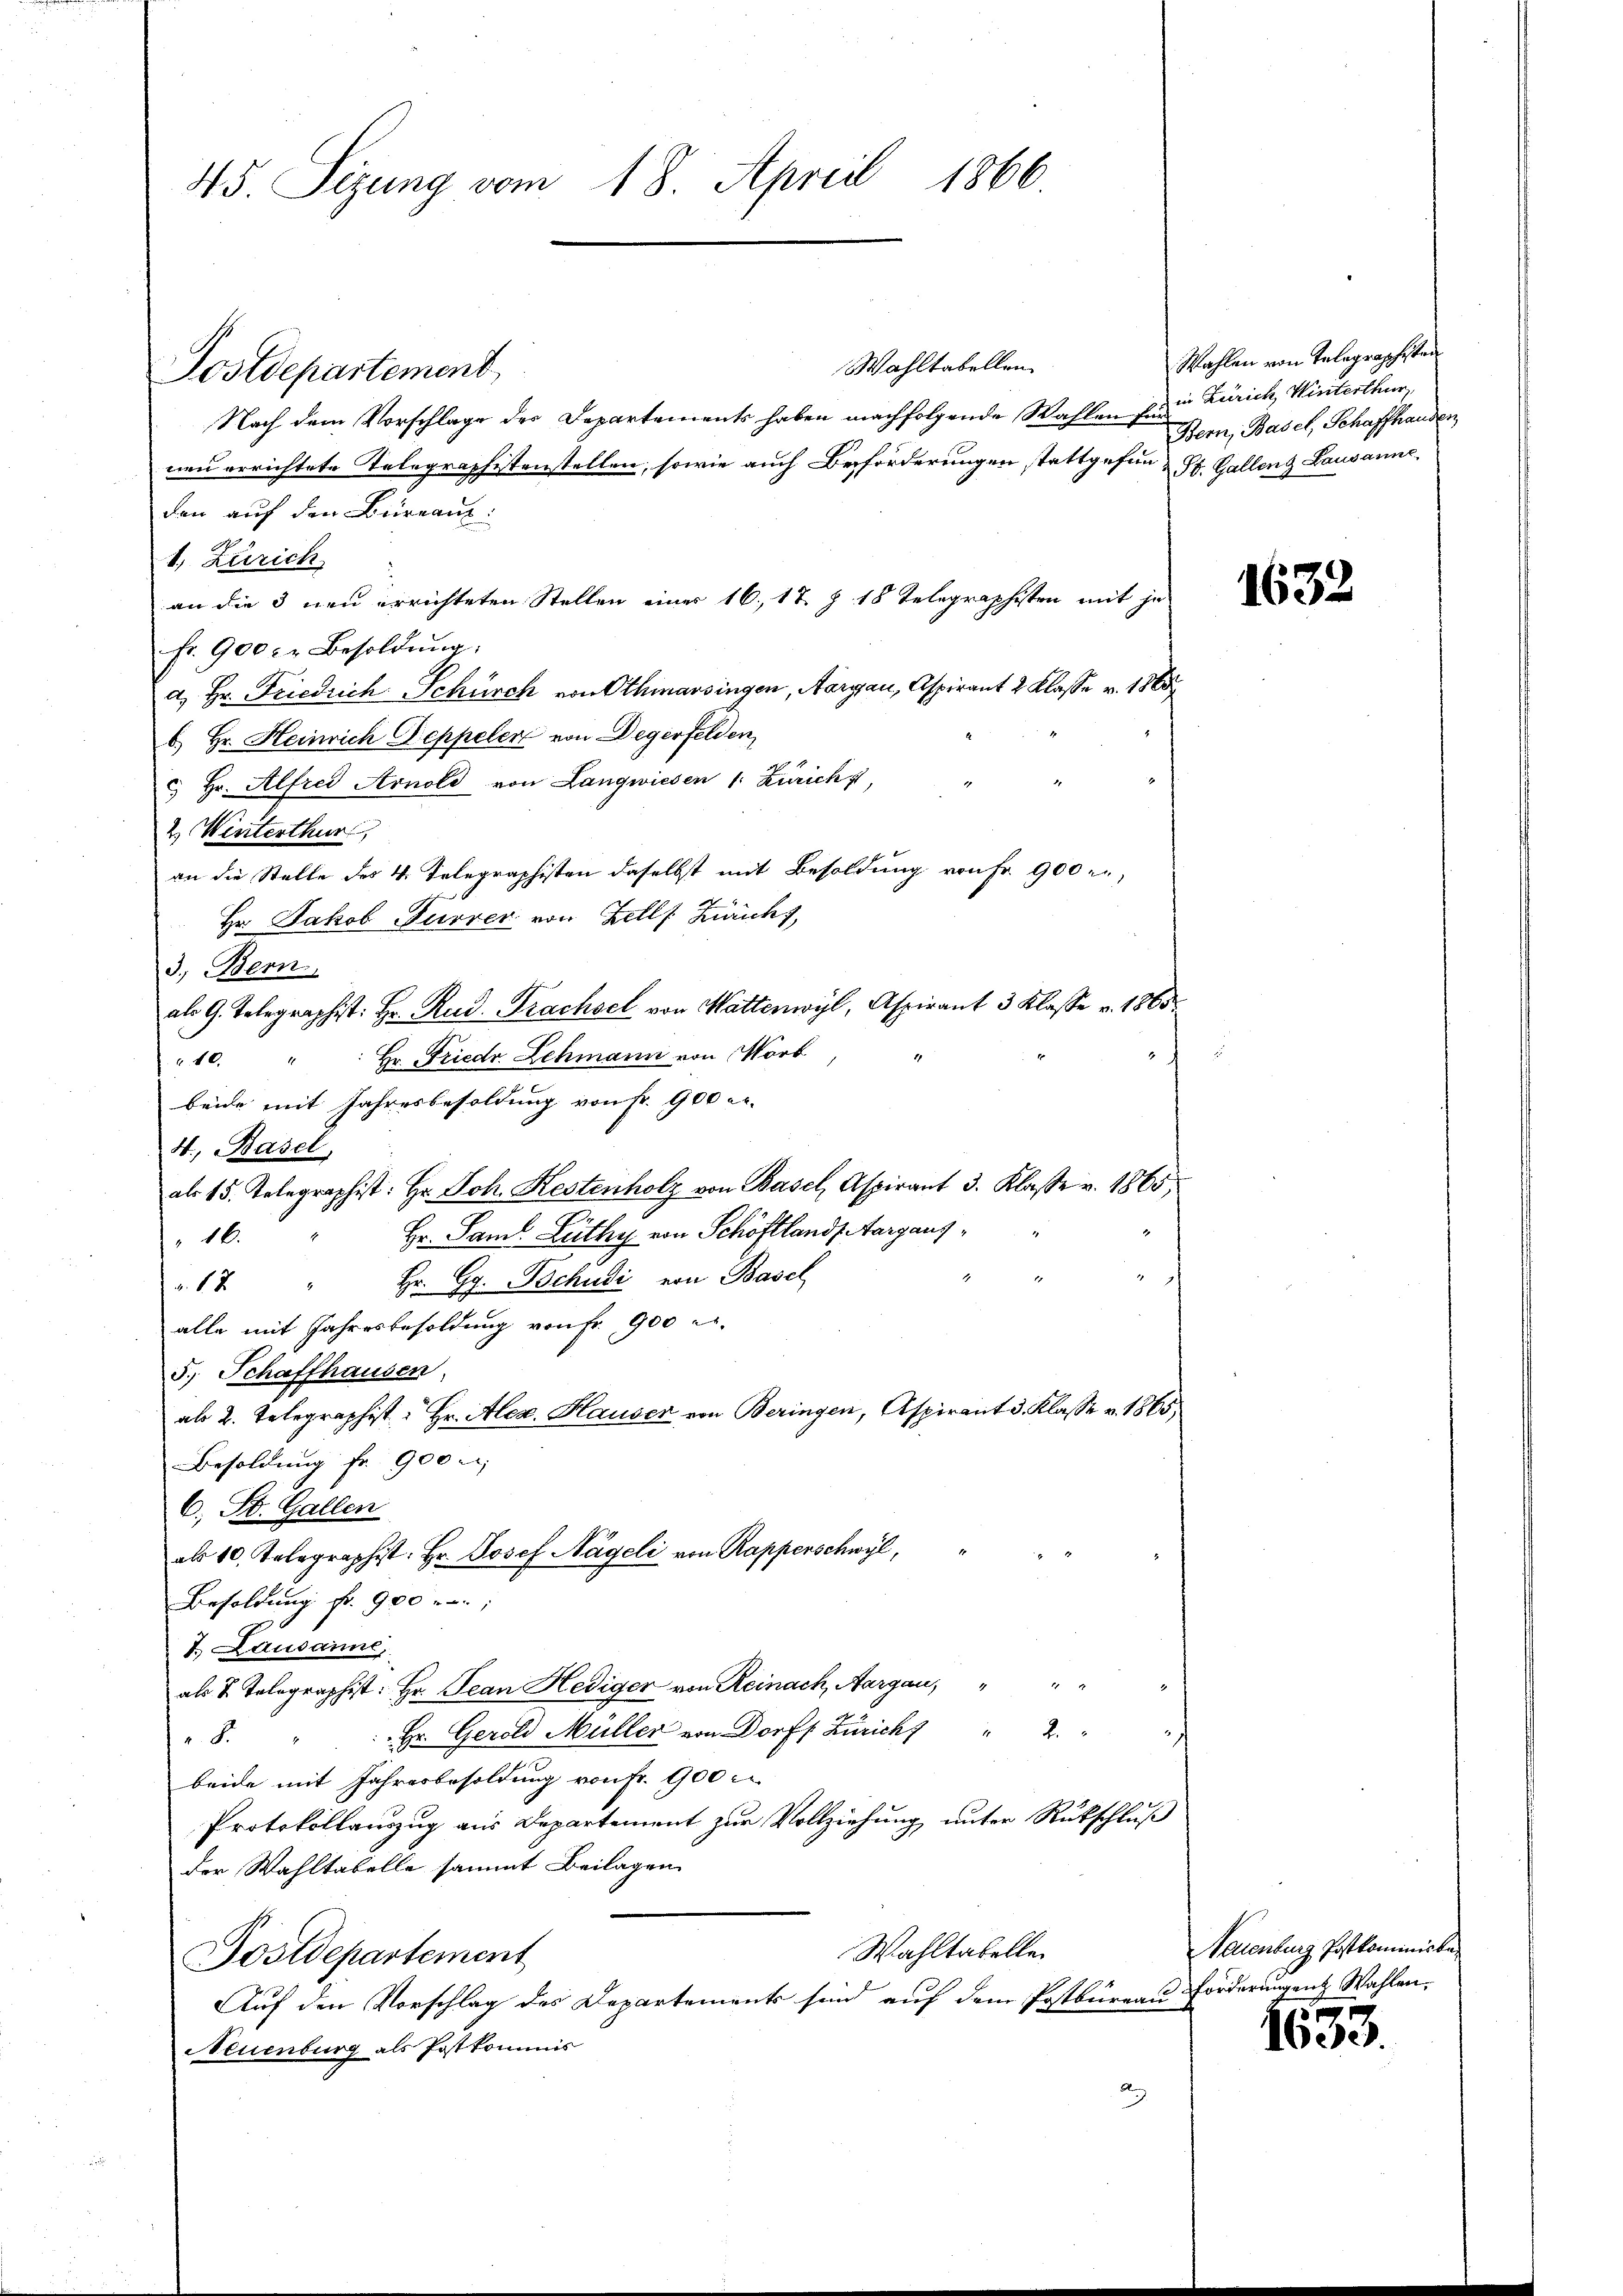
45. Sizung vom 18. April 1866.

Wahltabellen.
Postdepartement,
Nach dem Vorschlage des Departements haben nachfolgende Wahlen für
neu errichtete Telegraphistenstellen, sowie auch Beförderungen stattgefun- St. Gallenz Lausanne
den auf den Büreau.
1. Zürich
an die 3 neu errichteten Stellen einer 16, 17 Z. 18 Telegraphisten mit je
fr. 900 er Besoldung.
a. Hr. Friedrich Schürch von Othmarsingen, Aargau, Aspirant 2 Klasse v. 1888
b) Hr. Heinrich Deppeler von Degerfelden,
c. Hr. Alfred Arnold von Langwiesen 1. Zürich,
2. Winterthur,
an die Stelle des 4. Telegraphisten daselbst mit Besoldung von Fr. 900 l.,
Hr. Jakob Furrer von Zell. Züricht,
3.) Bern,
als G. Telegraphist: Hr. Rud. Prachsel von Wattenwyl, Aspirant 3 Klasse v. 1865.
Hr. Friedr. Lehmann von Wort
10.
beide mit Jahresbesoldung von Fr. 900 er-
4, Basel,
als 15. Telegraphist: Hr. Joh. Restenholz von Basel, Aspirant 3. Klasse v. 1865,
Hr. Saml Lüthy von Schöffland Aargaus¬
16.
3
a. 17 " Hr. G. Bochudi von Basel
alle mit Jahresbesoldung von Fr. 900 er-
5.) Schaffhausen,
ab 2. Telegraphist. Hr. Alex. Hauser von Beringen, Aspirant 3. Klasse v. 1865,
Besoldung fr. 900
C. St. Gallen
als 10. Telegraphist: Hr. Josef Nägeli von Rapperschwyl,
Besoldung fr. 900
7. Lausanne
als 2. Telegraphist: Hr. Jean Hediger von Reinach, Aargau, " " "
 Hr. Gerold Müller von Dorff Züricht " 2 " "
B
beide mit Jahresbesoldung von Fr. 900 c.
Protokollauszug aus Departement zur Vollziehung unter Rückschluß
der Wahltabelle sammt Beilagen
Wahltatellen
Postdepartement
Auf den Vorschlag des Departements sind auf dem Postbureau forderungen Wahlen,
Neuenburg als Postkommis
S

Wahlen von Telegraphisten
in Zürich Winterthur
Bern, Basel, Schaffhausen

1632

Nauenburg Postkominister

1633.